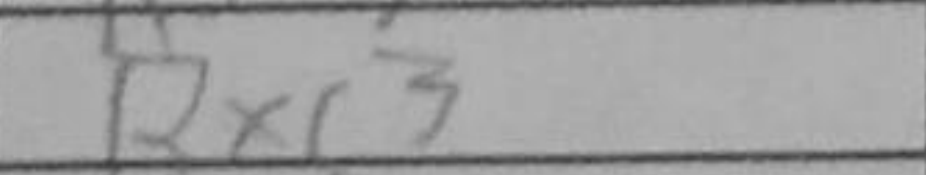
Transcription: Bxc3